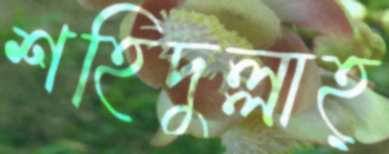
শহিদুল্লাহ্